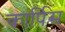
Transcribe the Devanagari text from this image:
कार्पिस